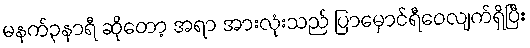
မနက်၃နာရီ ဆိုတော့ အရာ အားလုံးသည် ပြာမှောင်ရီဝေလျက်ရှိပြီး